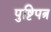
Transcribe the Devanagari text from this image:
पुष्टिपत्र